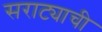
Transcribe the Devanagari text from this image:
सराट्याची